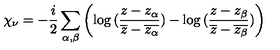
\chi _ { \nu } = - \frac { i } { 2 } \sum _ { \alpha , \beta } \left( \log { ( \frac { z - z _ { \alpha } } { \overline { { z } } - \overline { { z _ { \alpha } } } } ) } - \log { ( \frac { z - z _ { \beta } } { \overline { { z } } - \overline { { z _ { \beta } } } } ) } \right)